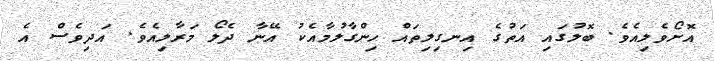
އޮށޯވެލިއެވެ. ބޮލުގައި އަތުގެ އިނގިލިތައް ހިންގާލުމާއެކު އޭނާ ދެލޯ މަރާލިއެވެ. އަދިވެސް އެ